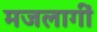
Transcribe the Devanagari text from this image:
मजलागीं